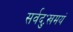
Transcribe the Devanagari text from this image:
सर्वदुःखमयं